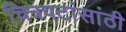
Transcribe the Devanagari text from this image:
चित्रपटांसांठी